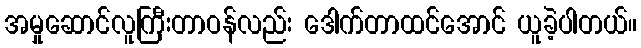
အမှုဆောင်လူကြီးတာဝန်လည်း ဒေါက်တာထင်အောင် ယူခဲ့ပါတယ်။